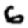
Digit: 6